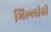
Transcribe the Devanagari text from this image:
भिल्लांची